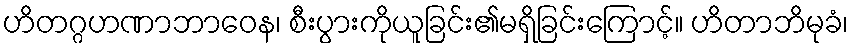
ဟိတဂ္ဂဟဏာဘာဝေန၊ စီးပွားကိုယူခြင်း၏မရှိခြင်းကြောင့်။ ဟိတာဘိမုခံ၊